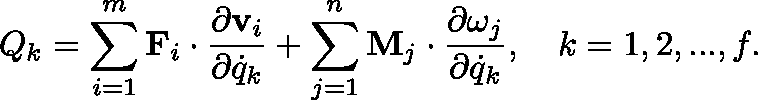
Q _ { k } = \sum _ { i = 1 } ^ { m } \mathbf { F } _ { i } \cdot { \frac { \partial \mathbf { v } _ { i } } { \partial { \dot { q } } _ { k } } } + \sum _ { j = 1 } ^ { n } \mathbf { M } _ { j } \cdot { \frac { \partial \mathbf { \omega } _ { j } } { \partial { \dot { q } } _ { k } } } , \quad k = 1 , 2 , . . . , f .